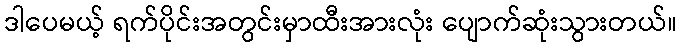
ဒါပေမယ့် ရက်ပိုင်းအတွင်းမှာထီးအားလုံး ပျောက်ဆုံးသွားတယ်။